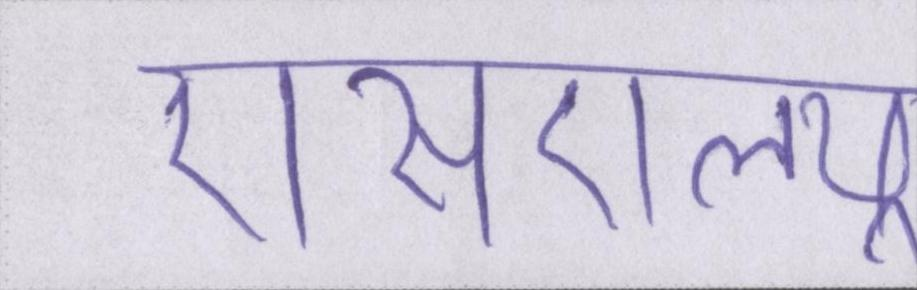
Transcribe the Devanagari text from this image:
एसएलयू